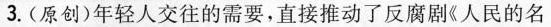
3. (原创)年轻人交往的需要，直接推动了反腐剧《人民的名